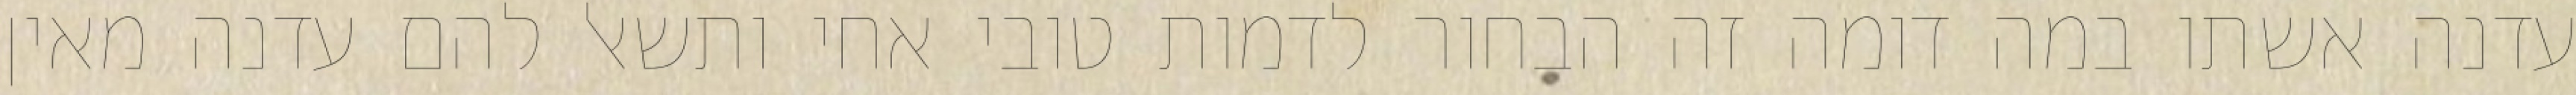
עדנה אשתו במה דומה זה הבחור לדמות טובי אחי ותשאל להם עדנה מאין